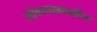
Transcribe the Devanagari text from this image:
लोकचळवळीत